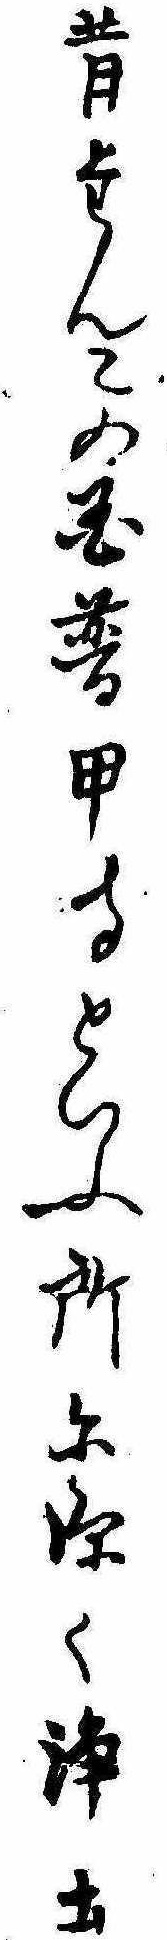
昔たんこの国普甲寺といふ所に深く浄土